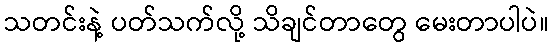
သတင်းနဲ့ ပတ်သက်လို့ သိချင်တာတွေ မေးတာပါပဲ။